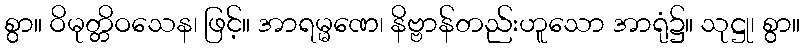
စွာ။ ဝိမုတ္တိဝသေန၊ ဖြင့်။ အာရမ္မဏေ၊ နိဗ္ဗာန်တည်းဟူသော အာရုံ၌။ သုဋ္ဌု၊ စွာ။